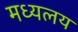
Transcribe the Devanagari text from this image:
मध्‍यलय